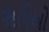
ૠષિઓ